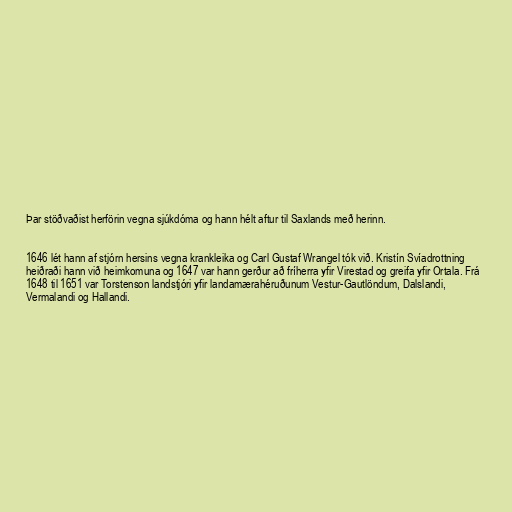
Þar stöðvaðist herförin vegna sjúkdóma og hann hélt aftur til Saxlands með herinn.

1646 lét hann af stjórn hersins vegna krankleika og Carl Gustaf Wrangel tók við. Kristín Svíadrottning
heiðraði hann við heimkomuna og 1647 var hann gerður að fríherra yfir Virestad og greifa yfir Ortala. Frá
1648 til 1651 var Torstenson landstjóri yfir landamærahéruðunum Vestur-Gautlöndum, Dalslandi,
Vermalandi og Hallandi.